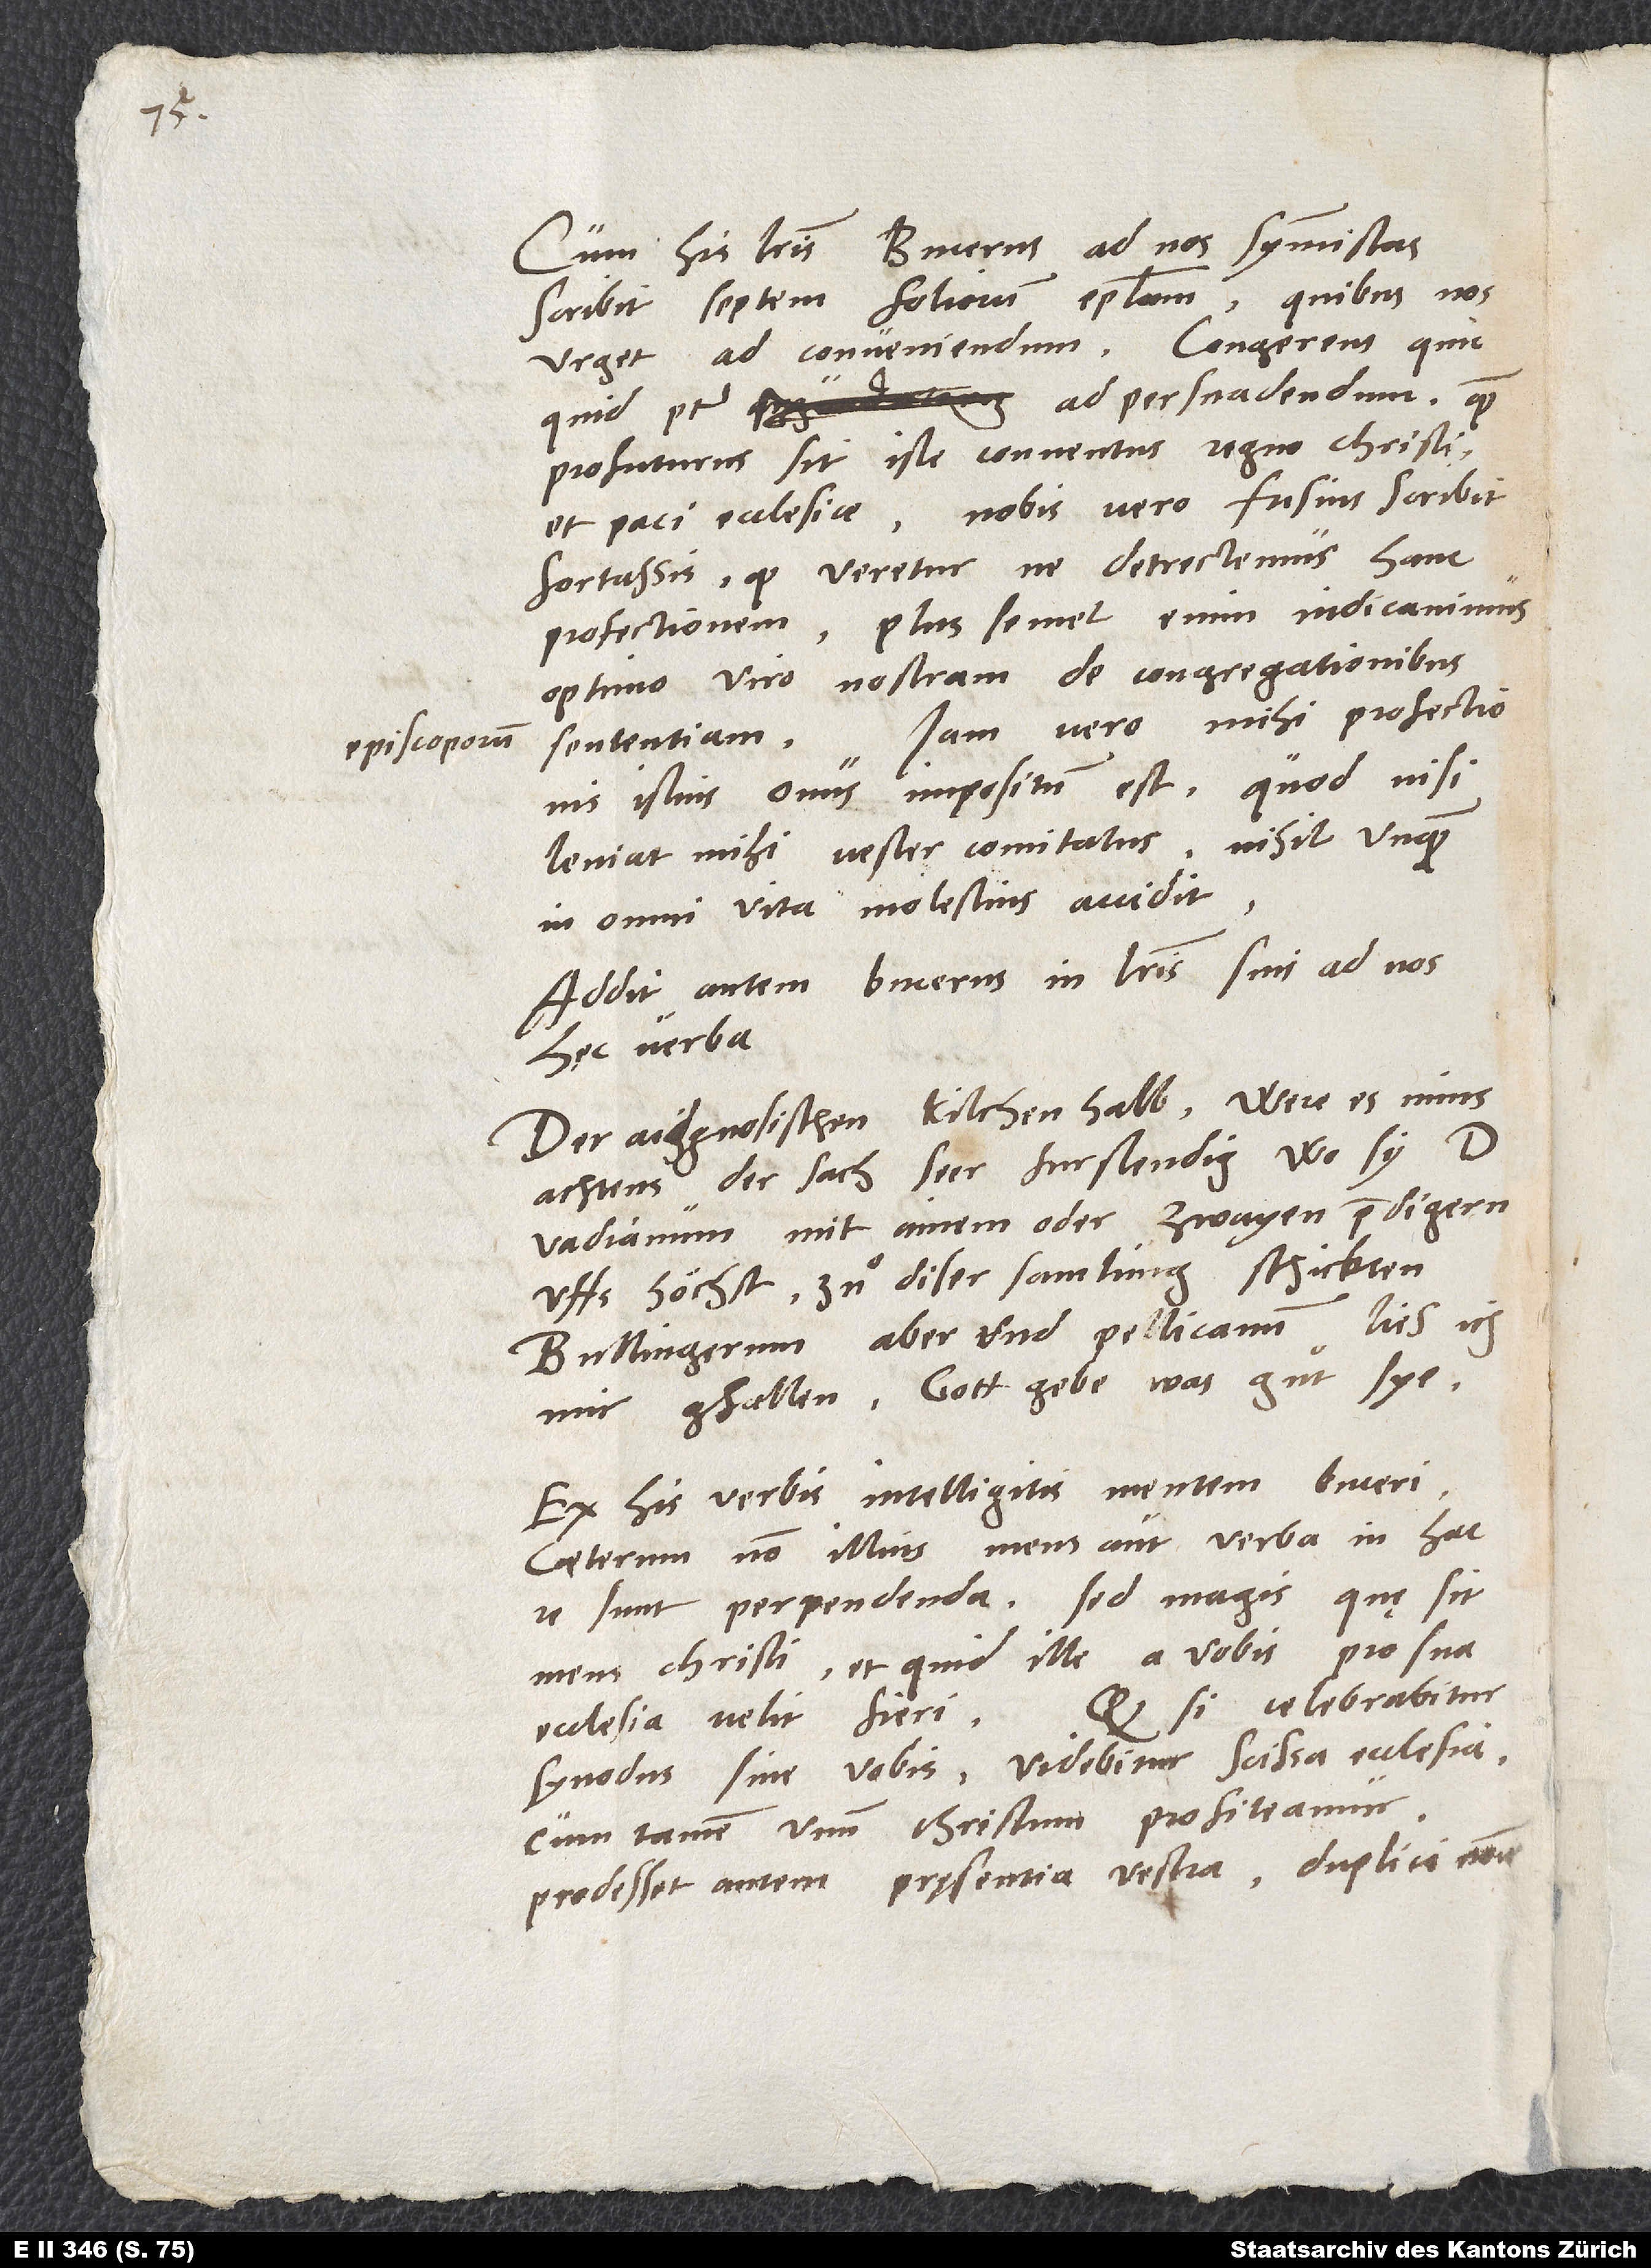
episcoporum

Cum his literis Bucerus ad nos symmistas
scribit septem foliorum epistolam, quibus nos
urget ad conveniendum, congerens, quicquid
potest ad, persuadendum, quam
profuturus sit iste conventus regno Christi
et paci ecciesiae. Nobis vero fusius scribit
fortassis, quod veretur, ne detrectemus hanc
profectionem. Plus semel enim indicavimus
optimo viro nostram de congregationibus
sententiam. Iam vero mihi profectionis
istius onus impositum est. Quod nisi
leniat mihi vester comitatus, nihil unquam
in omni vita molestius accidit.
Addit autem Bucerus in literis suis ad nos
hęc verba:
"Der aidgnosischen kilchen halb were es mins
achtens der sach seer furstendig, wo sy doctor
Vadianum mit ainem oder zwayen predigern
uffs höchst zuͦ diser samlung schickten.
Bullingerum aber und Pellicanum lies ich
mir gfallen. Gott gebe, was guͦt sye."
Ex his verbis intelligitis mentem Buceri.
Caeterum non illius mens aut verba in hac
re sunt perpendenda, sed magis, quę sit
mens Christi et quid ille a vobis pro sua
ecclesia velit fieri. Quodsi celebrabitur
synodus sine vobis, videbitur scissa ecclesia,
cum tamen unum Christum profiteamur.
Prodesset autem pręsentia vestra duplici nomine